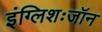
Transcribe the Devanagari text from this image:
इंग्लिशःजॉन